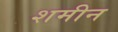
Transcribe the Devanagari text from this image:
शमीन